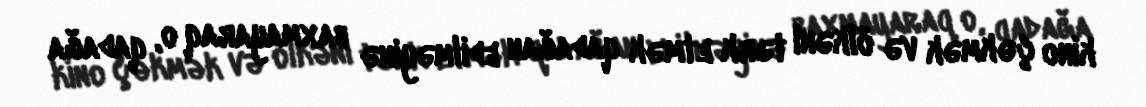
kino çəkmək və ölkəni tərk etmək qadağan edilməyinə baxmayaraq o, qadağa